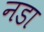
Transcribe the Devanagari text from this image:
नडा